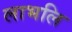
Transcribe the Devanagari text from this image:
लाभलि